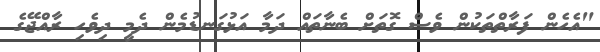
"އެހެން ފަރާތްތަކުން ވެސް ގޮތަށް ބެނާތައް ދަމާ އަޅުގަނޑުމެން ދެމީ ދިވެހި ރާއްޖޭގެ